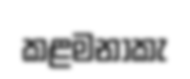
කළමනාකැ